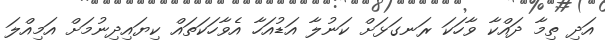
އަދި ތިމާ ދައްކާ ވާހަކަ ރަނގަޅަށް ކަނުލާ އަޑުއަހާ އެވާހަކަތައް ކިޔައިދިނުމަށް އަމިއްލަ